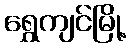
ရွှေကျင်မြို့